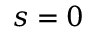
s = 0